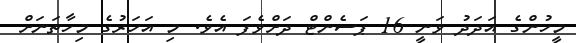
މީހުންގެ އަދަދު ވަނީ 16 ޕަސެންޓް ދަށްވެފަ އެވެ. މި އަހަރުގެ މިހާތަނަށް